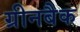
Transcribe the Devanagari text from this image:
ग्रीनबैक